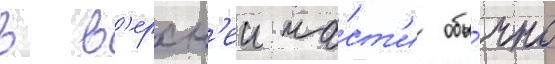
в в'ерхн'еи ча́ст'и обы́чно